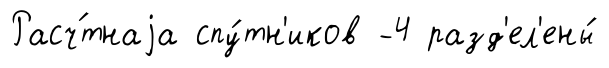
Расч́тнаjа спу́тн'иков -4 разд'ел'ены́